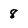
Character: 8